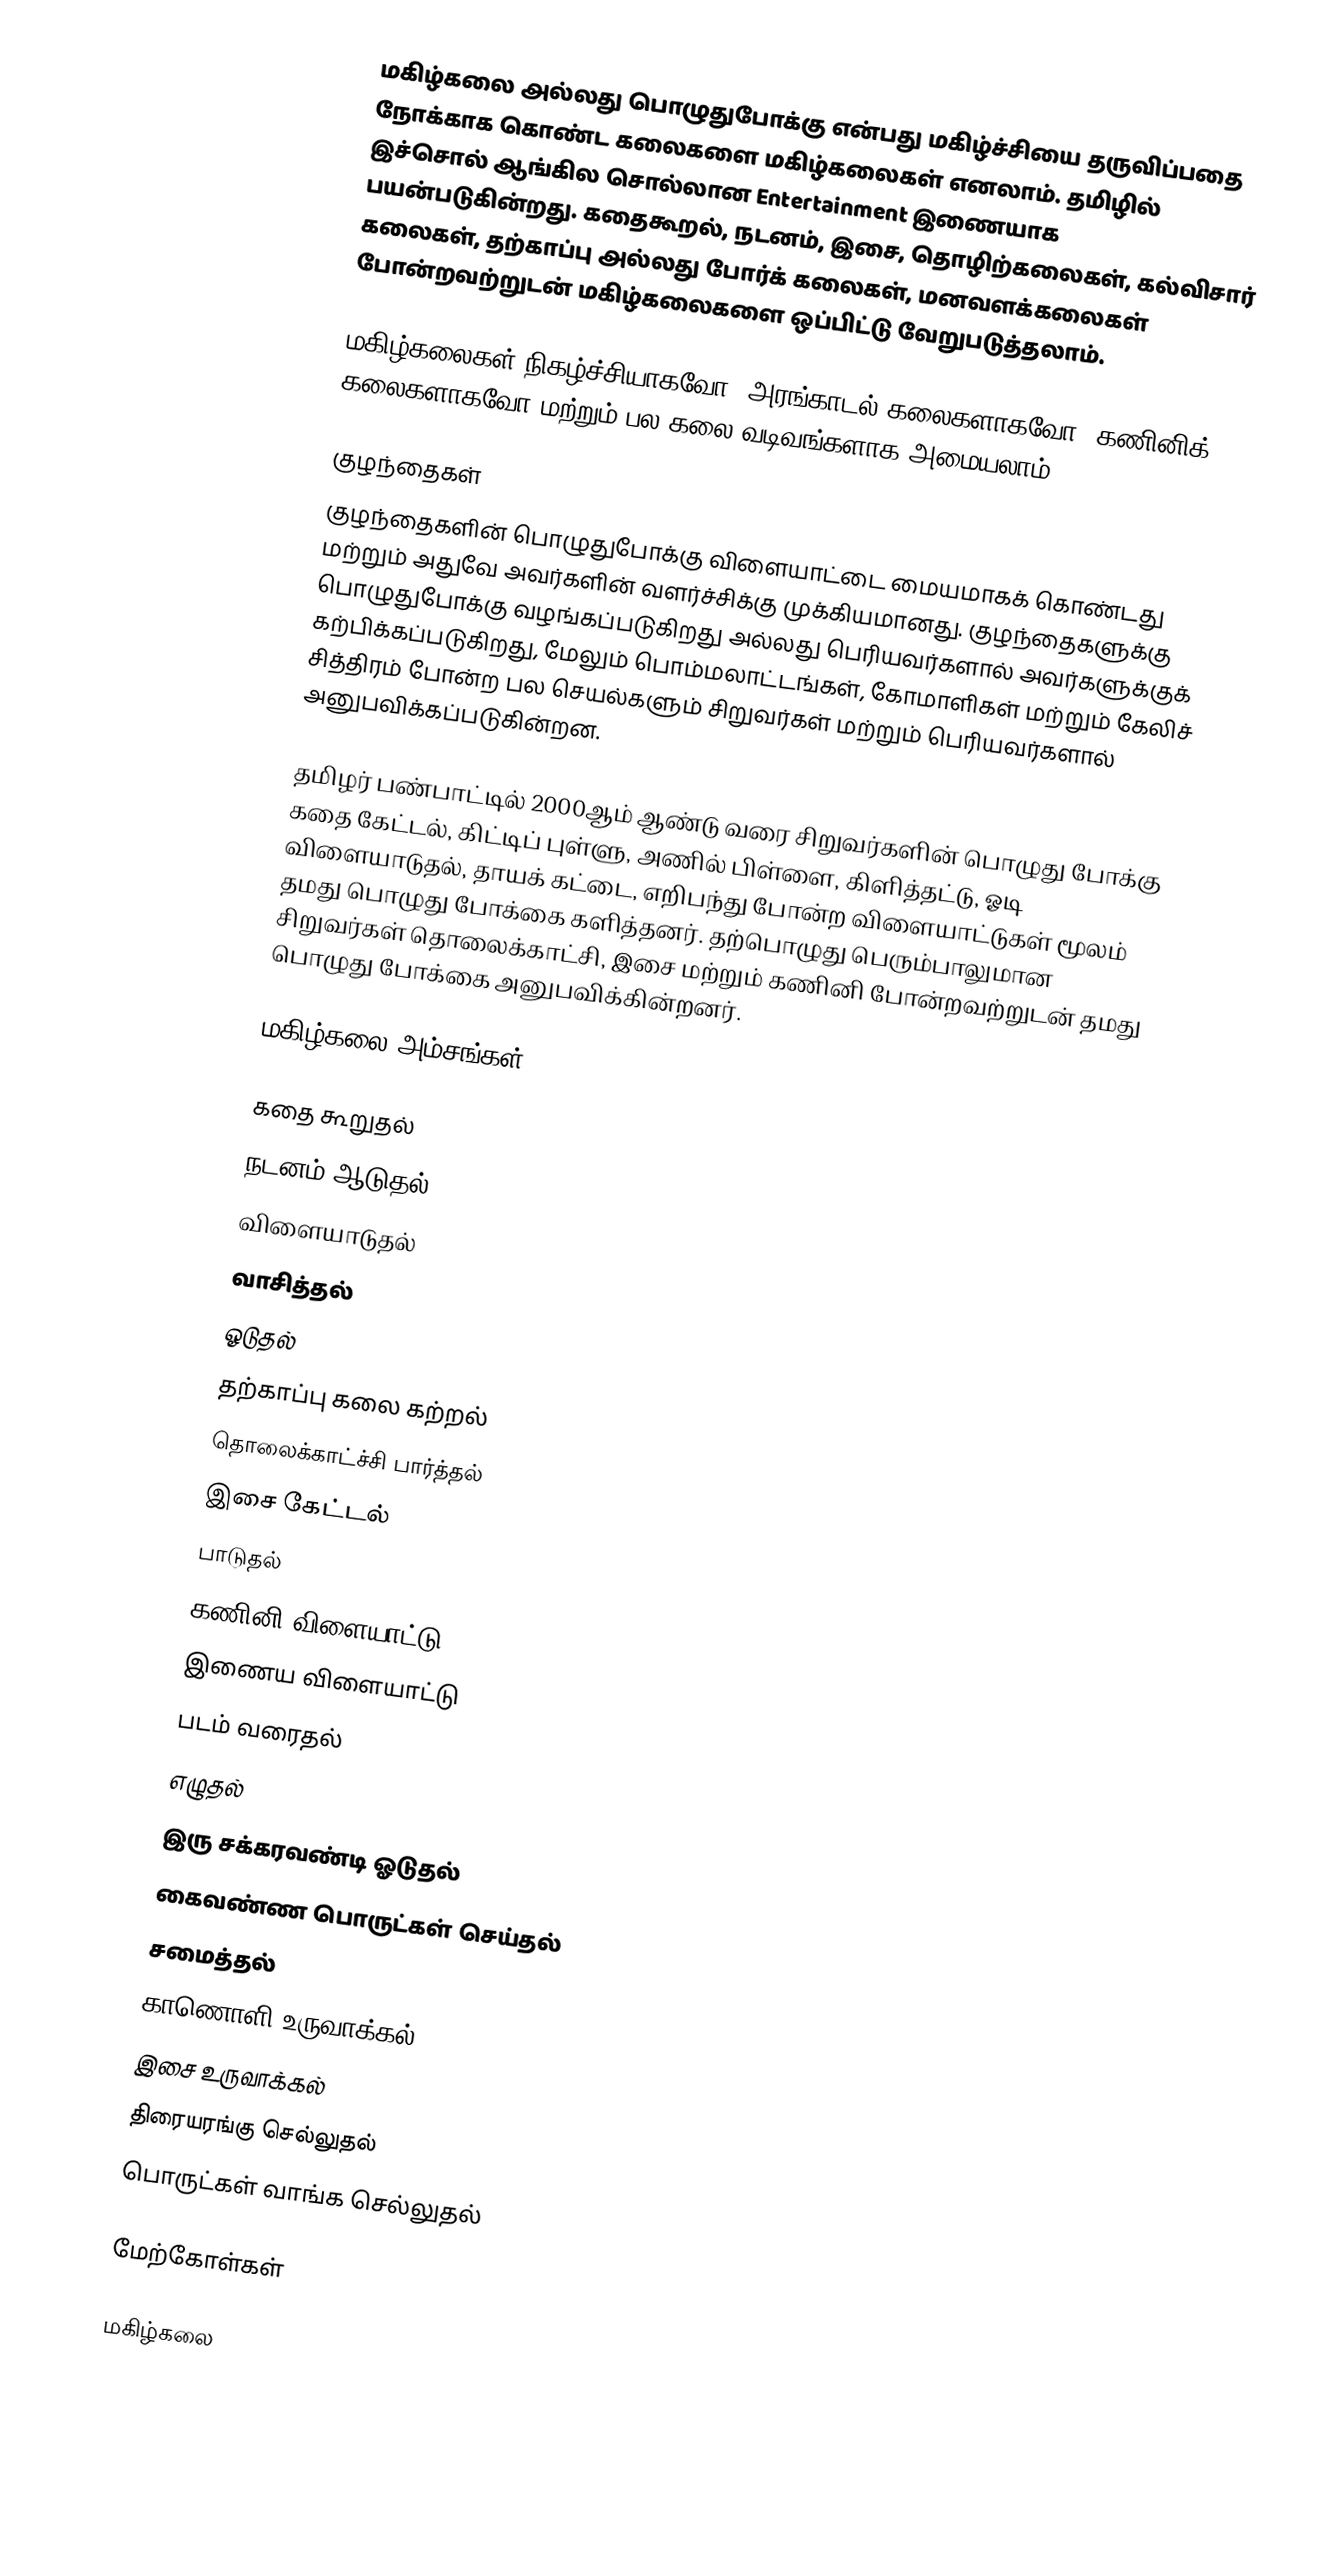
மகிழ்கலை அல்லது பொழுதுபோக்கு என்பது மகிழ்ச்சியை தருவிப்பதை நோக்காக கொண்ட கலைகளை மகிழ்கலைகள் எனலாம். தமிழில் இச்சொல் ஆங்கில சொல்லான Entertainment இணையாக பயன்படுகின்றது. கதைகூறல், நடனம், இசை, தொழிற்கலைகள், கல்விசார் கலைகள், தற்காப்பு அல்லது போர்க் கலைகள், மனவளக்கலைகள் போன்றவற்றுடன் மகிழ்கலைகளை ஒப்பிட்டு வேறுபடுத்தலாம்.

மகிழ்கலைகள் நிகழ்ச்சியாகவோ, அரங்காடல் கலைகளாகவோ, கணினிக் கலைகளாகவோ மற்றும் பல கலை வடிவங்களாக அமையலாம்.

குழந்தைகள்
குழந்தைகளின் பொழுதுபோக்கு விளையாட்டை மையமாகக் கொண்டது மற்றும் அதுவே  அவர்களின் வளர்ச்சிக்கு முக்கியமானது. குழந்தைகளுக்கு பொழுதுபோக்கு வழங்கப்படுகிறது அல்லது பெரியவர்களால் அவர்களுக்குக் கற்பிக்கப்படுகிறது, மேலும் பொம்மலாட்டங்கள், கோமாளிகள் மற்றும் கேலிச் சித்திரம் போன்ற பல செயல்களும் சிறுவர்கள் மற்றும் பெரியவர்களால் அனுபவிக்கப்படுகின்றன.

தமிழர் பண்பாட்டில் 2000ஆம் ஆண்டு வரை சிறுவர்களின் பொழுது போக்கு கதை கேட்டல், கிட்டிப் புள்ளு, அணில் பிள்ளை, கிளித்தட்டு, ஓடி விளையாடுதல், தாயக் கட்டை, எறிபந்து போன்ற விளையாட்டுகள் மூலம் தமது பொழுது போக்கை களித்தனர். தற்பொழுது பெரும்பாலுமான சிறுவர்கள் தொலைக்காட்சி, இசை மற்றும் கணினி போன்றவற்றுடன் தமது பொழுது போக்கை அனுபவிக்கின்றனர்.

மகிழ்கலை அம்சங்கள்

 கதை கூறுதல்
 நடனம் ஆடுதல்
 விளையாடுதல்
 வாசித்தல்
 ஓடுதல்
 தற்காப்பு கலை கற்றல்
 தொலைக்காட்ச்சி பார்த்தல்
 இசை கேட்டல்
 பாடுதல்
 கணினி விளையாட்டு
 இணைய விளையாட்டு
 படம் வரைதல்
 எழுதல்
 இரு சக்கரவண்டி ஓடுதல்
 கைவண்ண பொருட்கள் செய்தல்
 சமைத்தல்
 காணொளி உருவாக்கல்
 இசை உருவாக்கல்
 திரையரங்கு செல்லுதல்
 பொருட்கள் வாங்க செல்லுதல்

மேற்கோள்கள்

மகிழ்கலை